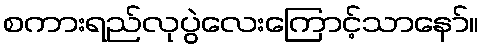
စကားရည်လုပွဲလေးကြောင့်သာနော်။